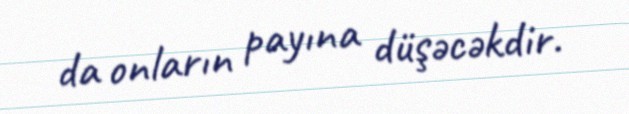
da onların payına düşəcəkdir.